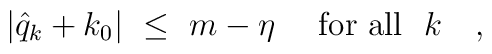
\vert\hat q_{k}+k_{0}\vert\ \leq\ m-\eta\quad\mbox{ for all }\ k\quad,